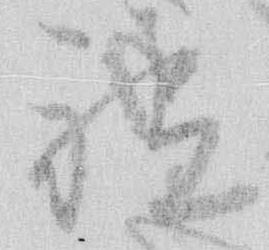
祗